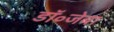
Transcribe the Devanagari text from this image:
डॉ॰जेबा